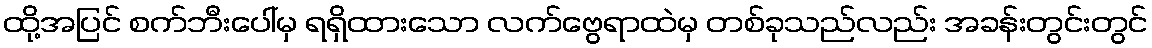
ထို့အပြင် စက်ဘီးပေါ်မှ ရရှိထားသော လက်ဗွေရာထဲမှ တစ်ခုသည်လည်း အခန်းတွင်းတွင်